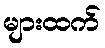
များထက်